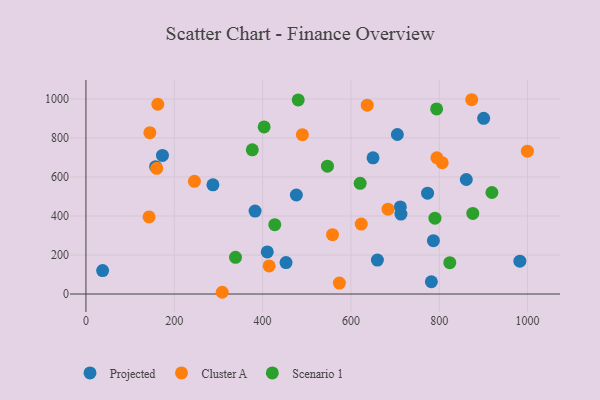
{"axis": {"x": "Study Hours", "y": "Yield"}, "legend": ["Cluster A", "Projected", "Scenario 1"], "data": [{"x": "287.6", "y": 559.6, "type": "Projected"}, {"x": "173.3", "y": 710.4, "type": "Projected"}, {"x": "982.6", "y": 168.4, "type": "Projected"}, {"x": "773.6", "y": 516.8, "type": "Projected"}, {"x": "786.8", "y": 273.4, "type": "Projected"}, {"x": "476.5", "y": 507.7, "type": "Projected"}, {"x": "453.1", "y": 161.3, "type": "Projected"}, {"x": "410.6", "y": 215.6, "type": "Projected"}, {"x": "711.9", "y": 446.6, "type": "Projected"}, {"x": "37.8", "y": 120.4, "type": "Projected"}, {"x": "705.2", "y": 817.7, "type": "Projected"}, {"x": "782.2", "y": 63.0, "type": "Projected"}, {"x": "157.8", "y": 653.0, "type": "Projected"}, {"x": "660.0", "y": 173.9, "type": "Projected"}, {"x": "861.3", "y": 587.0, "type": "Projected"}, {"x": "900.6", "y": 900.6, "type": "Projected"}, {"x": "650.1", "y": 698.1, "type": "Projected"}, {"x": "713.3", "y": 409.9, "type": "Projected"}, {"x": "383.0", "y": 425.3, "type": "Projected"}, {"x": "490.1", "y": 816.7, "type": "Cluster A"}, {"x": "806.7", "y": 672.9, "type": "Cluster A"}, {"x": "144.8", "y": 827.2, "type": "Cluster A"}, {"x": "143.0", "y": 395.1, "type": "Cluster A"}, {"x": "558.4", "y": 304.1, "type": "Cluster A"}, {"x": "637.0", "y": 967.9, "type": "Cluster A"}, {"x": "623.4", "y": 358.6, "type": "Cluster A"}, {"x": "873.6", "y": 995.9, "type": "Cluster A"}, {"x": "245.7", "y": 577.7, "type": "Cluster A"}, {"x": "573.9", "y": 56.3, "type": "Cluster A"}, {"x": "684.1", "y": 434.7, "type": "Cluster A"}, {"x": "160.3", "y": 644.3, "type": "Cluster A"}, {"x": "794.7", "y": 698.5, "type": "Cluster A"}, {"x": "414.8", "y": 144.0, "type": "Cluster A"}, {"x": "308.6", "y": 9.0, "type": "Cluster A"}, {"x": "162.8", "y": 972.8, "type": "Cluster A"}, {"x": "999.6", "y": 732.4, "type": "Cluster A"}, {"x": "480.7", "y": 994.7, "type": "Scenario 1"}, {"x": "790.3", "y": 388.9, "type": "Scenario 1"}, {"x": "338.7", "y": 188.0, "type": "Scenario 1"}, {"x": "823.9", "y": 160.7, "type": "Scenario 1"}, {"x": "919.3", "y": 520.3, "type": "Scenario 1"}, {"x": "403.5", "y": 856.5, "type": "Scenario 1"}, {"x": "794.1", "y": 948.7, "type": "Scenario 1"}, {"x": "621.0", "y": 567.2, "type": "Scenario 1"}, {"x": "546.9", "y": 655.4, "type": "Scenario 1"}, {"x": "876.0", "y": 413.1, "type": "Scenario 1"}, {"x": "376.7", "y": 739.1, "type": "Scenario 1"}, {"x": "427.6", "y": 355.7, "type": "Scenario 1"}]}